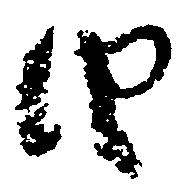
由